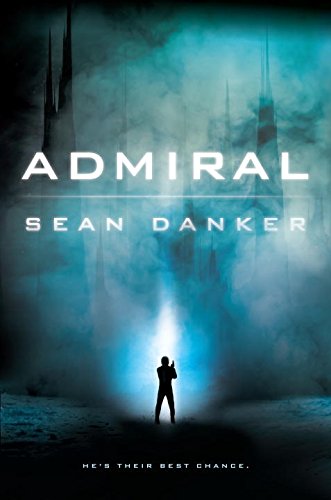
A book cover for Admiral (An Evagardian Novel); Sean Danker; Science Fiction & Fantasy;